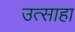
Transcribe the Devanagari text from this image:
उत्साहा